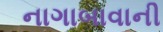
નાગાબાવાની